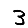
Digit: 3